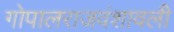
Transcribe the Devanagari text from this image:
गोपालराजवंशावली